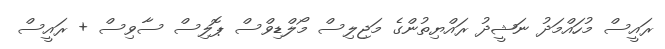
ރައީސް މުހައްމަދު ނަޝީދު ރައްޔިތުންގެ މަޖިލިސް މޯލްޑިވްސް ޕޮލިސް ސާވިސް + ރައީސް